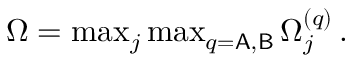
\begin{array} { r } { \Omega = \operatorname* { m a x } _ { j } \operatorname* { m a x } _ { q = \mathsf { A , B } } \Omega _ { j } ^ { ( q ) } \, . } \end{array}